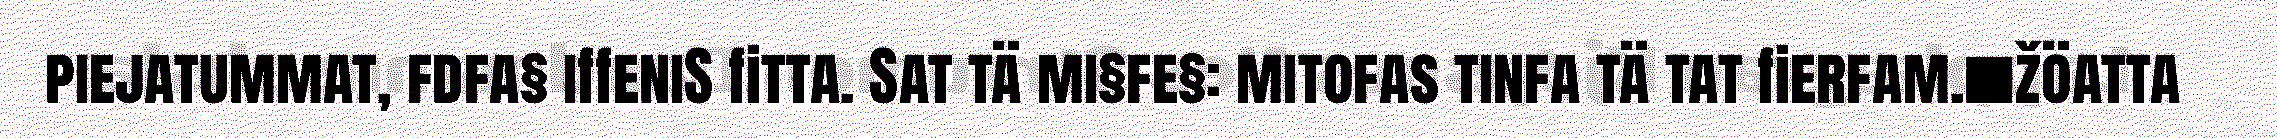
piejatummat, fdfa§ iffeniS fitta. Sat tä mi§fe§: mitofas tinfa tä tat fierfam.■žöatta